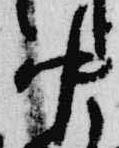
中